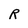
Character: R